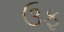
ઉફ